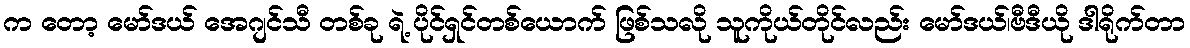
က တော့ မော်ဒယ် အေဂျင်သီ တစ်ခု ရဲ့ ပိုင်ရှင်တစ်ယောက် ဖြစ်သလို သူကိုယ်တိုင်လည်း မော်ဒယ်၊ဗီဒီယို ဒါရိုက်တာ